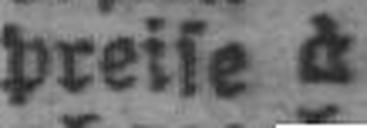
preise à